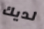
لديك